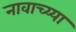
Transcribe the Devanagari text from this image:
नावाच्य्या